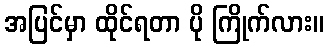
အပြင်မှာ ထိုင်ရတာ ပို ကြိုက်လား။